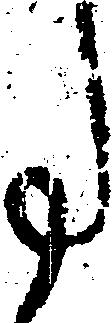
事